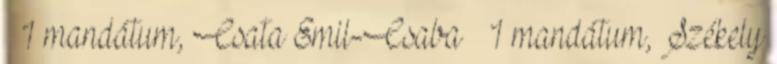
– 1 mandátum, Csata Emil-Csaba – 1 mandátum, Székely